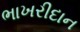
ભાખરીદાન